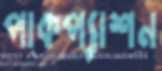
পাকপ্যাশন